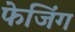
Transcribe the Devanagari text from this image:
फेजिंग